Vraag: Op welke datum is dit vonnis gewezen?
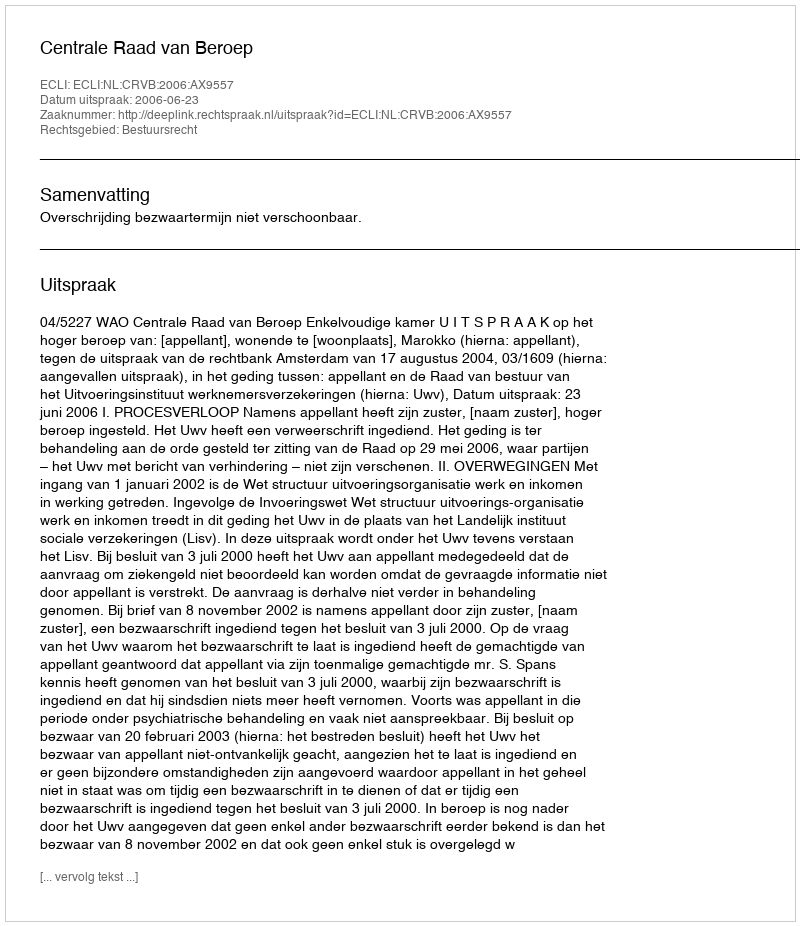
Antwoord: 2006-06-23